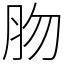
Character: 肳